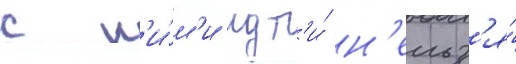
с н'и́м'и идт'и́ н'ельз'я́